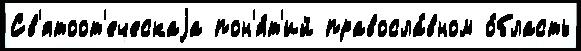
Св'ятоот'еческаjа пон'я́т'ий правосла́вном о́бласть